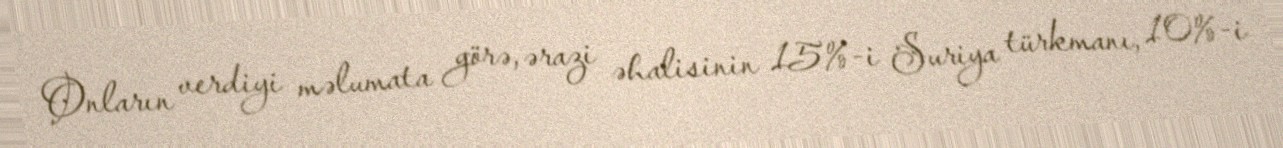
Onların verdiyi məlumata görə, ərazi əhalisinin 15%-i Suriya türkmanı, 10%-i